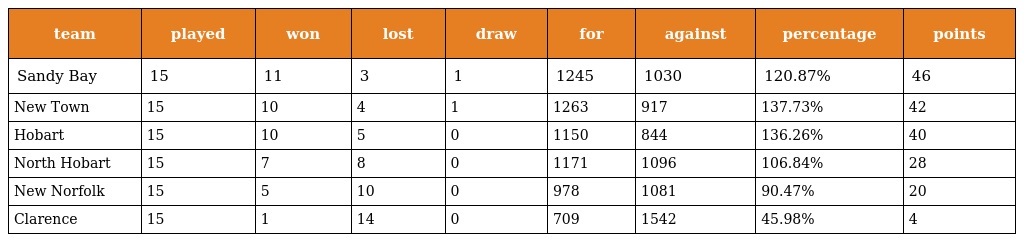
| team | played | won | lost | draw | for | against | percentage | points |
 | --- | --- | --- | --- | --- | --- | --- | --- | --- |
 | Sandy Bay | 15 | 11 | 3 | 1 | 1245 | 1030 | 120.87% | 46 |
 | New Town | 15 | 10 | 4 | 1 | 1263 | 917 | 137.73% | 42 |
 | Hobart | 15 | 10 | 5 | 0 | 1150 | 844 | 136.26% | 40 |
 | North Hobart | 15 | 7 | 8 | 0 | 1171 | 1096 | 106.84% | 28 |
 | New Norfolk | 15 | 5 | 10 | 0 | 978 | 1081 | 90.47% | 20 |
 | Clarence | 15 | 1 | 14 | 0 | 709 | 1542 | 45.98% | 4 |